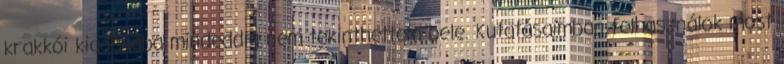
krakkói kiadásába mindeddig nem tekinthettem bele. Kutatásaimban felhasználok most